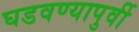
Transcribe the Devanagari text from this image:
घडवण्यापुर्वी